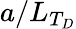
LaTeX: a/L_{T_{D}}